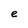
Character: e